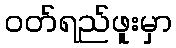
ဝတ်ရည်ဖူးမှာ